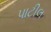
પાટીલ